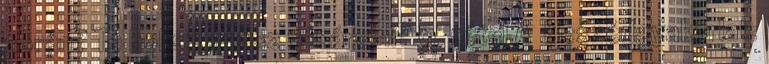
során? Te hol szeretsz vásárolni? 9. tétel A Beszédgyakorlat: